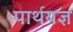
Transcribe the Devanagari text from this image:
पार्थयज्ञ